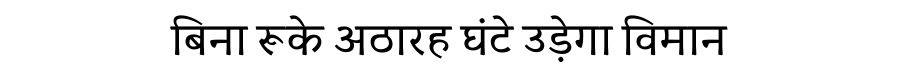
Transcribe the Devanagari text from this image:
बिना रूके अठारह घंटे उड़ेगा विमान